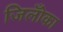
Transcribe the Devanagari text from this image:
जिलोँका